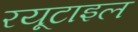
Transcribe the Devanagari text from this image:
रयूटाइल